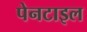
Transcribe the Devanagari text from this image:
पेनटाइल